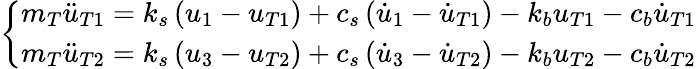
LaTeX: \left\{ \begin{array}{c}{m_{T}\ddot{u}_{T1}=k_{s}\left(u_{1}-u_{T1}\right)+c_{s}\left(\dot{u}_{1}-\dot{u}_{T1}\right)-k_{b}u_{T1}-c_{b}\dot{u}_{T1}}\\ {m_{T}\ddot{u}_{T2}=k_{s}\left(u_{3}-u_{T2}\right)+c_{s}\left(\dot{u}_{3}-\dot{u}_{T2}\right)-k_{b}u_{T2}-c_{b}\dot{u}_{T2}}\end{array}\right.